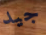
جيد